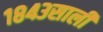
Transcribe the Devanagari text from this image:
१८४३साली